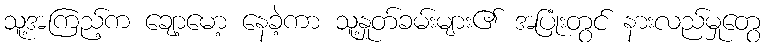
သူ့အကြည့်က ချော့မော့ နေခဲ့ကာ သူ့နှုတ်ခမ်းများ၏ အပြုံးတွင် နားလည်မှုတွေ